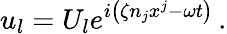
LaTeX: u_{l}=U_{l}e^{i\left(\zeta n_{j}x^{j}-\omega t\right)}\, .